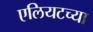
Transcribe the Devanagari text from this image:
एलियटच्या